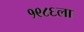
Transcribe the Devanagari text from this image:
१९८६ला